Trukikaitis_Postimees, lk 164
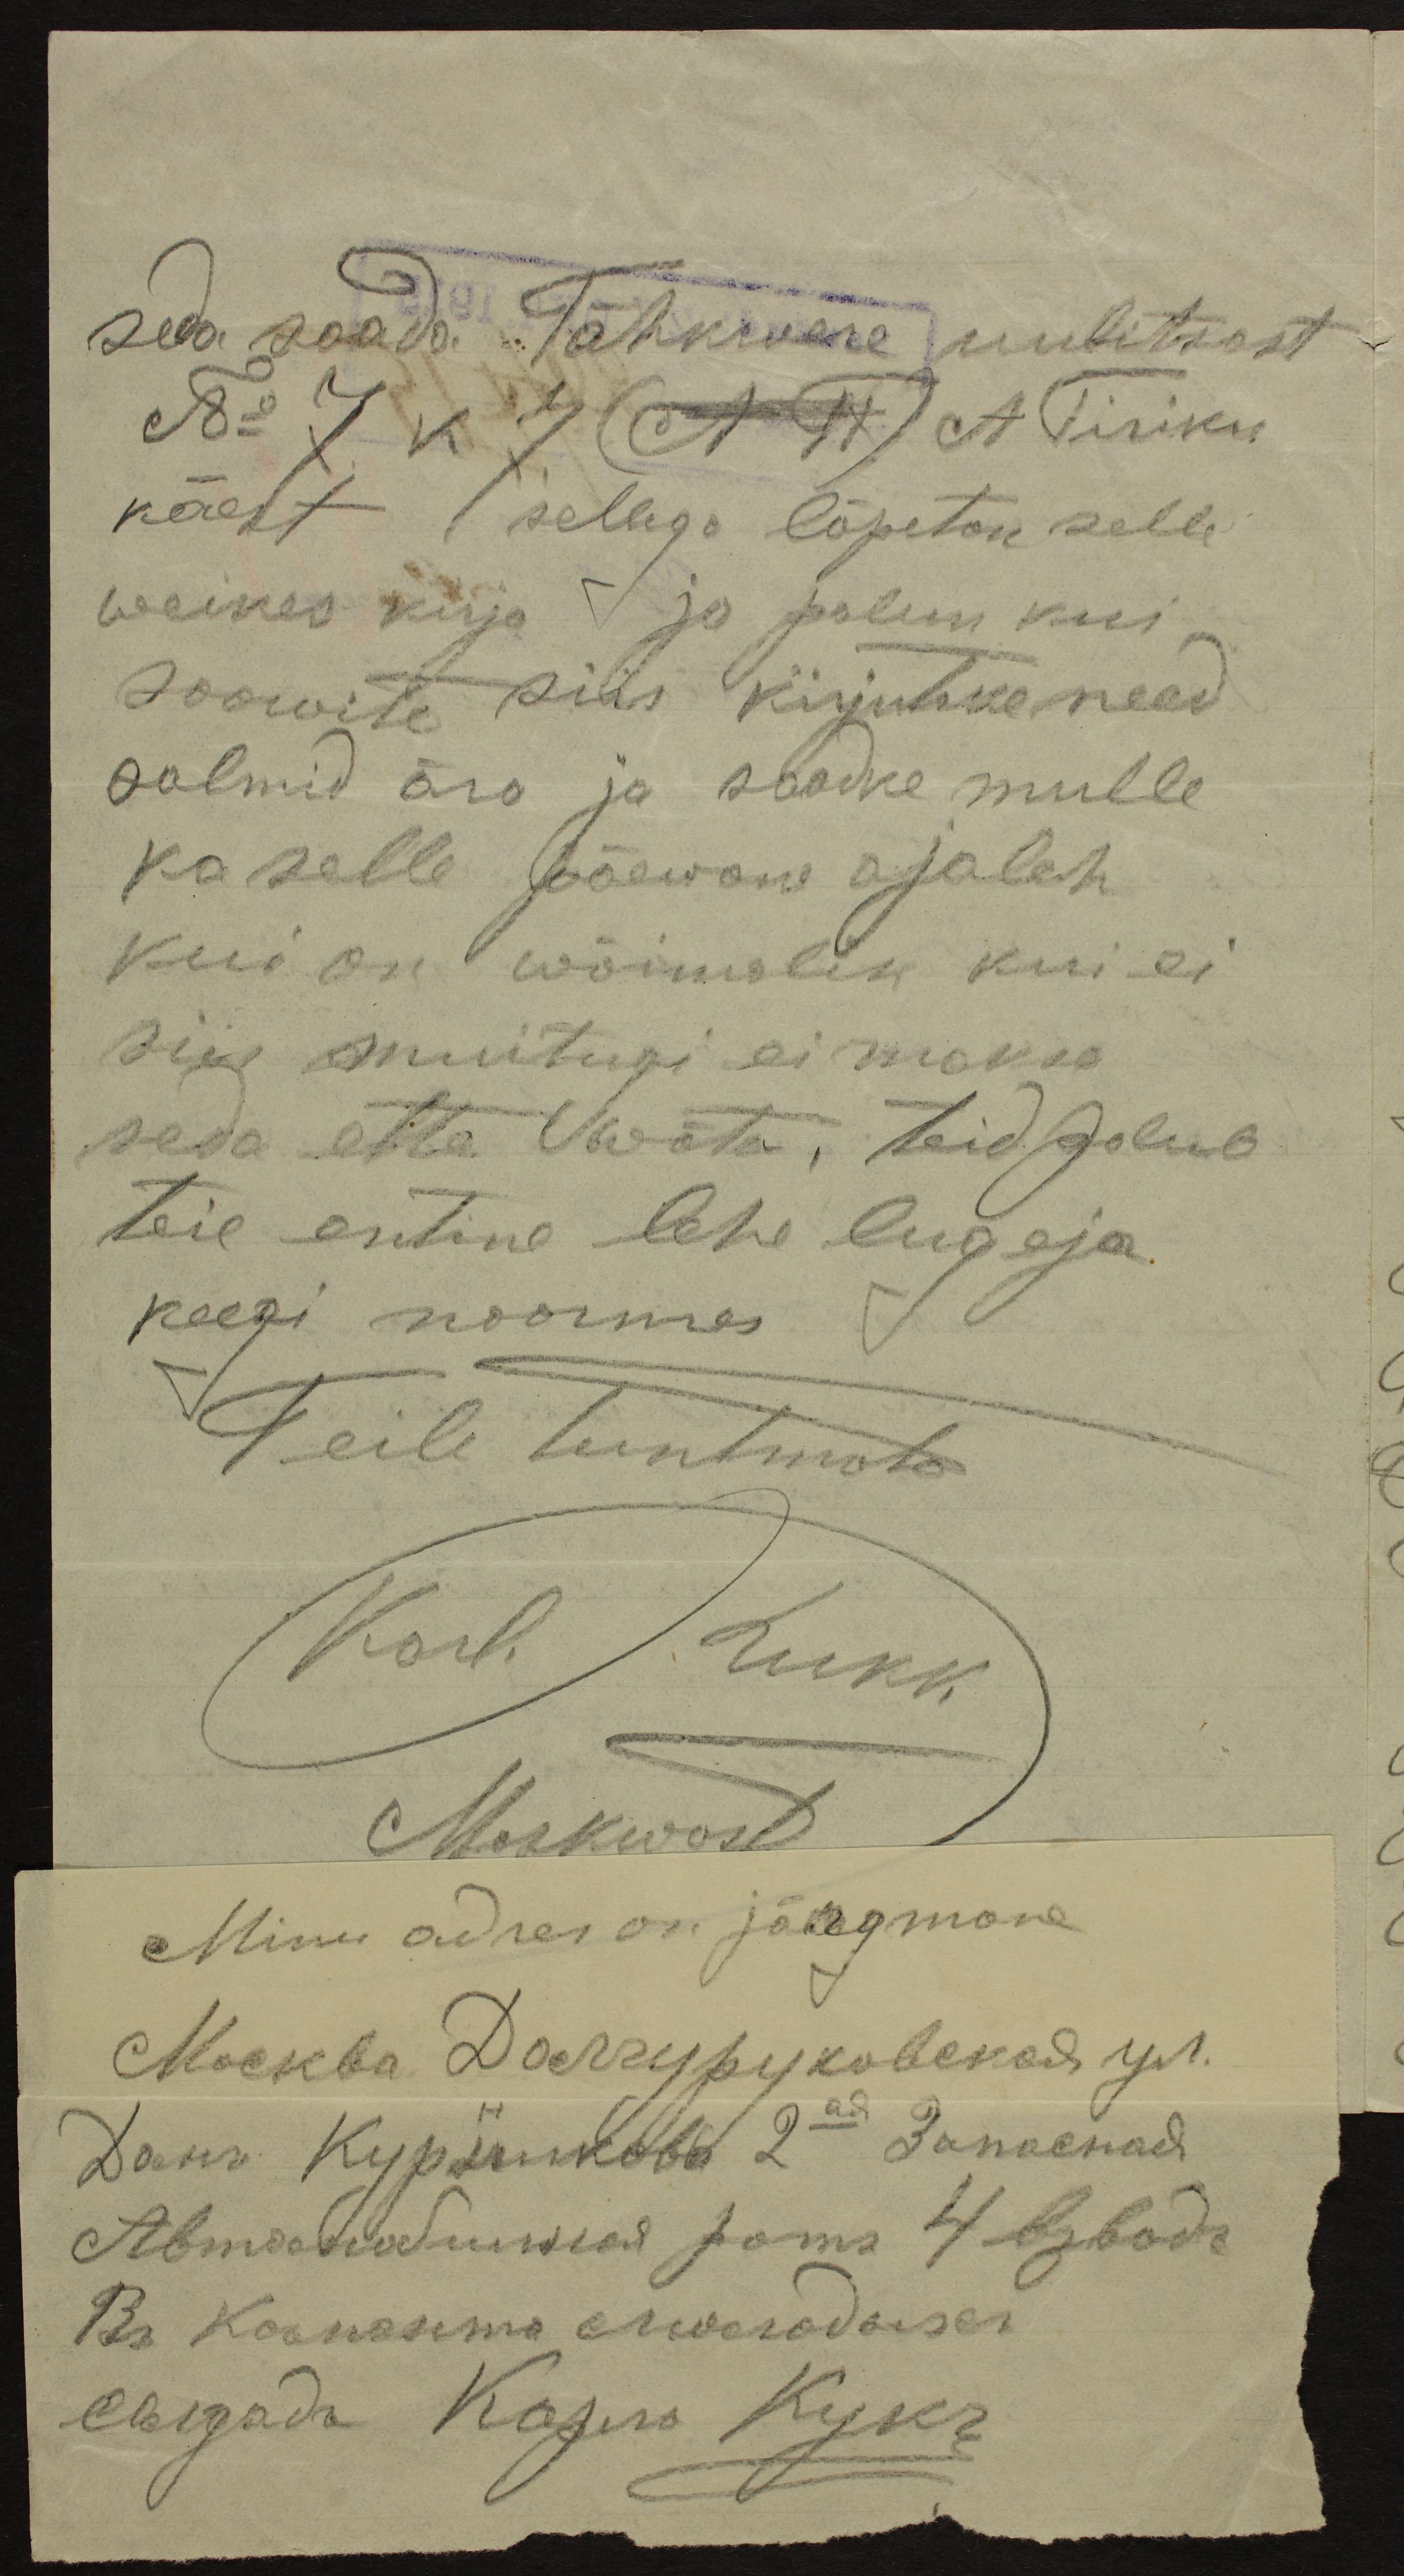
seda saada. Tähkwere uulitsast.
No 7 k 7 (AT) A. Tiriku
käest (sellega lõpetan selle
weikes kirja ja palun kui
soowite siis kirjutake need
salmid ära ja saadke mulle
ka selle päewane ajaleh
kui on wõimalik kui ei
siis muitugi ei maksa
seda ette wõta, teid palub
teie entine lehe lugeja.
keegi noormas
Teile tuntmata
Karl Lukk
Moskwast
Minu adres on järgmane